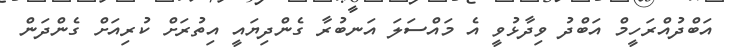
އަބްދުއްރަހީމް އަބްދު ވިދާޅުވީ އެ މައްސަލަ އަނބުރާ ގެންދިޔައީ އިތުރަށް ކުރިއަށް ގެންދަން